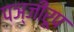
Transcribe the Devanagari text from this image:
पञ्जीरूप